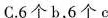
C.6个b，6个c